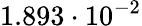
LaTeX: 1.893\cdot 10^{-2}